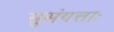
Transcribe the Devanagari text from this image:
सुसंयत्ताः